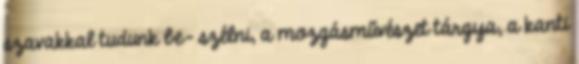
szavakkal tudunk be- szélni, a mozgásművészet tárgya, a kanti